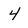
Character: 4